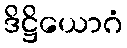
ဒိဋ္ဌိယောဂံ